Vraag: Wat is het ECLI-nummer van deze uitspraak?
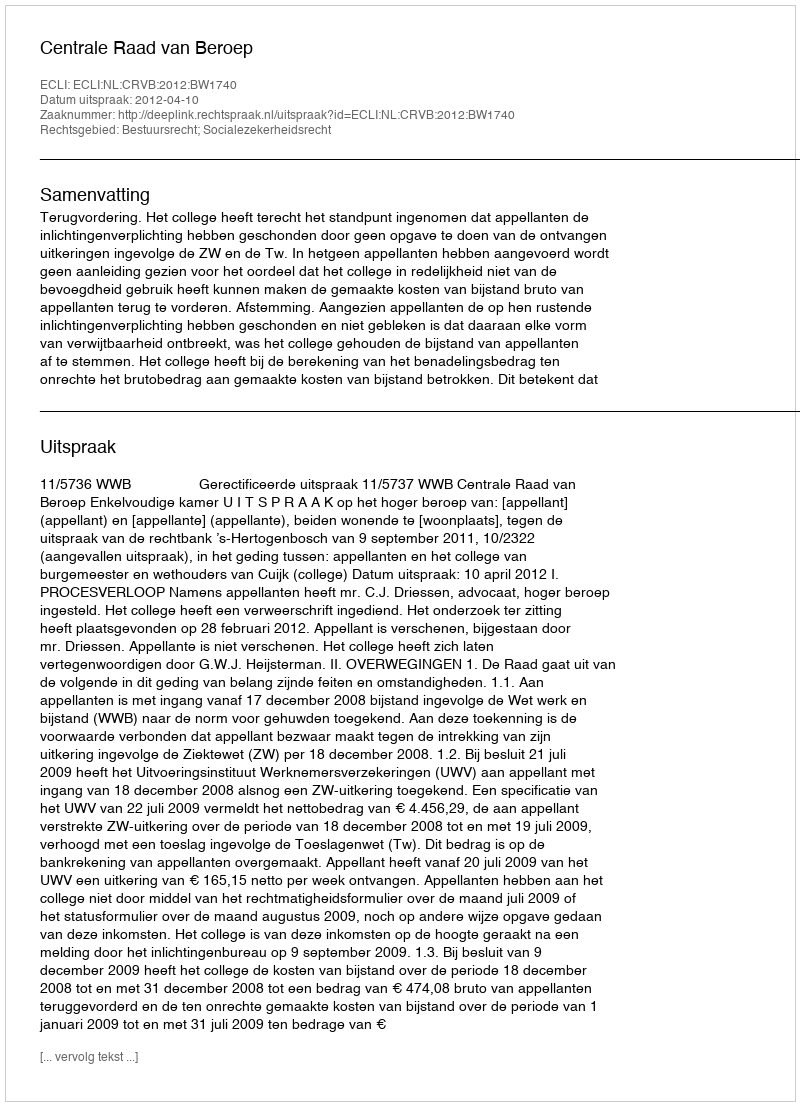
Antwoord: ECLI:NL:CRVB:2012:BW1740